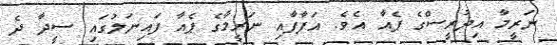
ނަރީމާ އިދުރީސްގެ ޕެއާ އެވެ. އަފާފާއި ނަރީމާގެ ޕެއާ ފައިނަލުގައި ސީދާ ދެ